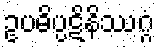
ဥပဓိပ္ပဋိနိဿဂ္ဂံ